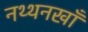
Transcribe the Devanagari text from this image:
नथ्थनखाँ